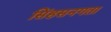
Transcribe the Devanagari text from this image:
सिंहसनगता